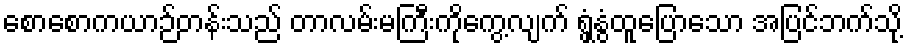
စောစောကယာဉ်တန်းသည် တာလမ်းမကြီးကိုကွေ့လျက် ရွှံ့နွံထူပြောသော အပြင်ဘက်သို့